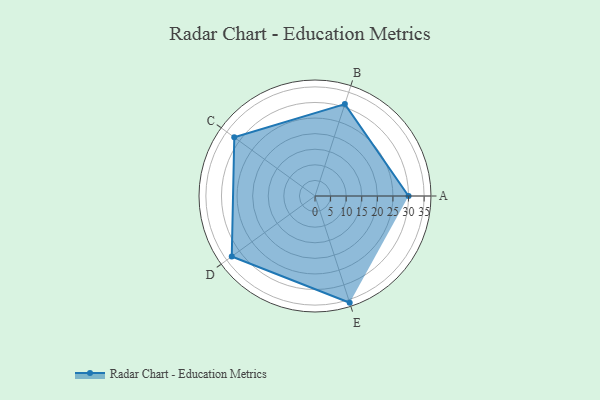
{"axis": {"x": "Skill", "y": "Score"}, "legend": ["Profile"], "data": [{"x": "A", "y": 30.0, "type": "Profile"}, {"x": "B", "y": 31.0, "type": "Profile"}, {"x": "C", "y": 32.0, "type": "Profile"}, {"x": "D", "y": 33.0, "type": "Profile"}, {"x": "E", "y": 36.0, "type": "Profile"}]}